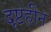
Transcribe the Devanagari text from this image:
दृष्टहीन